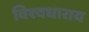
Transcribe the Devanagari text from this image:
विश्वधाराय